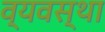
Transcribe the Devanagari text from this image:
व्यवस्था